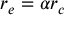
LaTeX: r _ { e } = \alpha r _ { c }